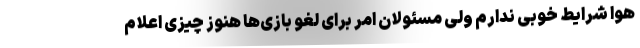
هوا شرایط خوبی ندارم ولی مسئولان امر برای لغو بازی‌ها هنوز چیزی اعلام